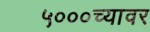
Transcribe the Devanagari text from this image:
५०००च्यावर